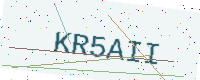
Text: KR5AII